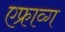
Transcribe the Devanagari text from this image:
एफ्राव्ग